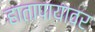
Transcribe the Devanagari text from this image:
हातापायावर